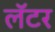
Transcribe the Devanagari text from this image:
लॅटर